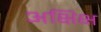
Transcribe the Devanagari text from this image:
अक्षिक्ष